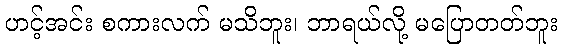
ဟင့်အင်း စကားလက် မသိဘူး၊ ဘာရယ်လို့ မပြောတတ်ဘူး